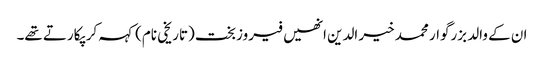
ان کے والد بزرگوار محمد خیر الدین انھیں فیروزبخت (تاریخی نام) کہہ کر پکارتے تھے۔